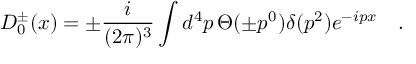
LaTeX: D _ { 0 } ^ { \pm } ( x ) = \pm \frac { i } { ( 2 \pi ) ^ { 3 } } \int d ^ { 4 } p \, \Theta ( \pm p ^ { 0 } ) \delta ( p ^ { 2 } ) e ^ { - i p x } \quad .